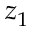
z _ { 1 }